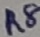
Text: R8